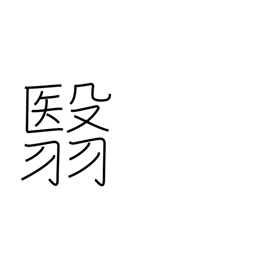
Meaning: hold aloft